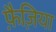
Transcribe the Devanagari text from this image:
फ़ैज़िया